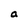
Character: a